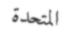
المتحدة